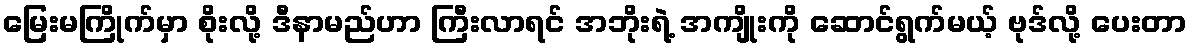
မြေးမကြိုက်မှာ စိုးလို့ ဒီနာမည်ဟာ ကြီးလာရင် အဘိုးရဲ့ အကျိုးကို ဆောင်ရွက်မယ့် ဗုဒ်လို့ ပေးတာ